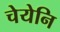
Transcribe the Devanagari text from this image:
चेयेनि